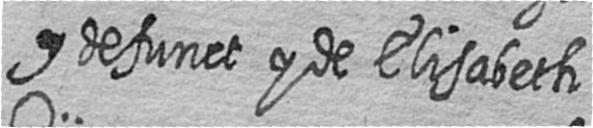
# defunct y de Elisabeth